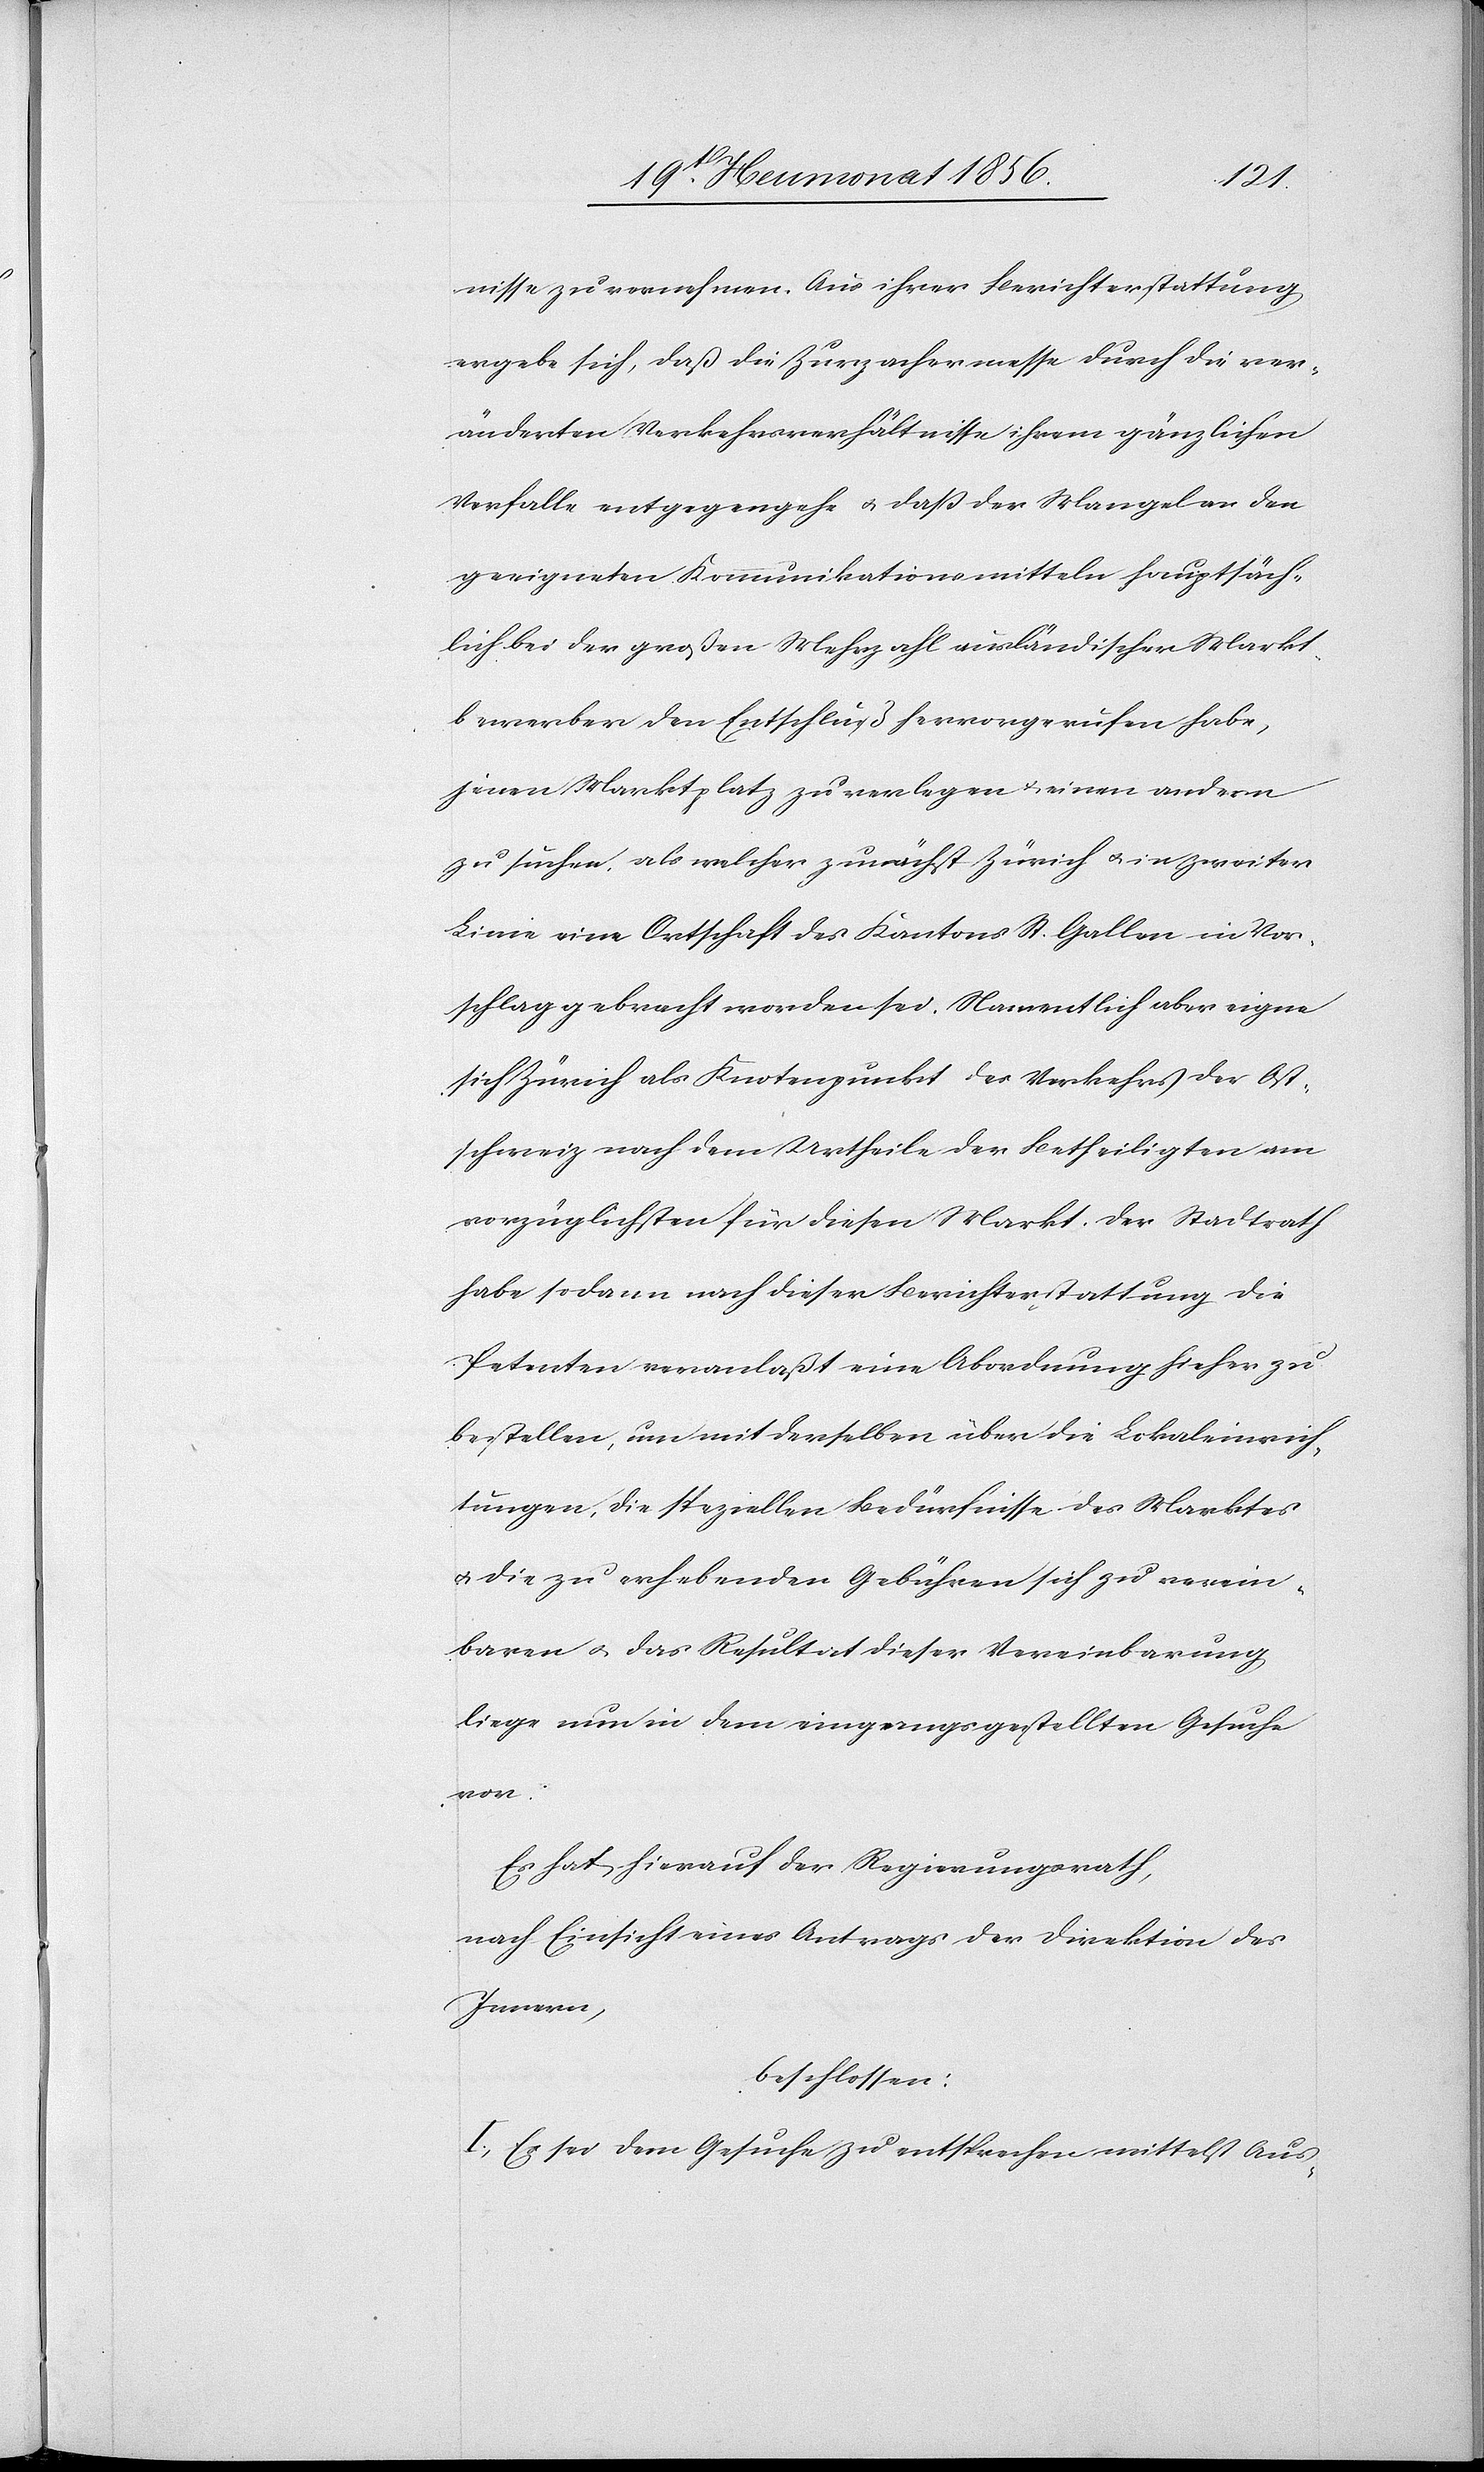
nisse zu vernehmen. Aus ihrer Berichterstattung
ergebe sich, daß die Zurzachermesse durch die ver¬
änderten Verkehrsverhältnisse ihrem gänzlichen
Verfalle entgegengehe u. dass der Mangel an den
geeigneten Kommunikationsmitteln hauptsäch¬
lich bei der großen Mehrzahl ausländischer Markt¬
bewerber den Entschluß hervorgerufen habe,
jenen Marktplatz zu verlegen & einen andern
zu suchen, als welcher zunächst Zürich u. in zweiter
Linie eine Ortschaft des Kantons St. Gallen in Vor¬
schlag gebracht worden sei. Namentlich aber eigne
sich Zürich als Kontenpunkt des Verkehrs der Ost¬
schweiz nach dem Urtheile der Betheiligten am
vorzüglichsten für diesen Markt. Der Stadtrath
habe sodann nach dieser Berichterstattung die
Petenten veranlaßt eine Abordnung hieher zu
bestellen, um mit derselben über die Lokaleinrich¬
tungen, die speziellen Bedürfnisse des Marktes
u. die zu erhebenden Gebühren sich zu verein¬
baren u. das Resultat dieser Vereinbarung
liege nun in dem eingangsgestellten Gesuche
vor.
Es hat hierauf der Regierungsrath,
nach Einsicht eines Antrages der Direktion des
Innern,
beschlossen:
I.) Es sei dem Gesuche zu entsprechen mittelst Aus-